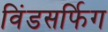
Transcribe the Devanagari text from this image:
विंडसर्फिग